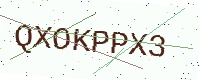
Text: QXOKPPX3